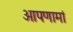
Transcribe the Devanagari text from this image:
आपणामां